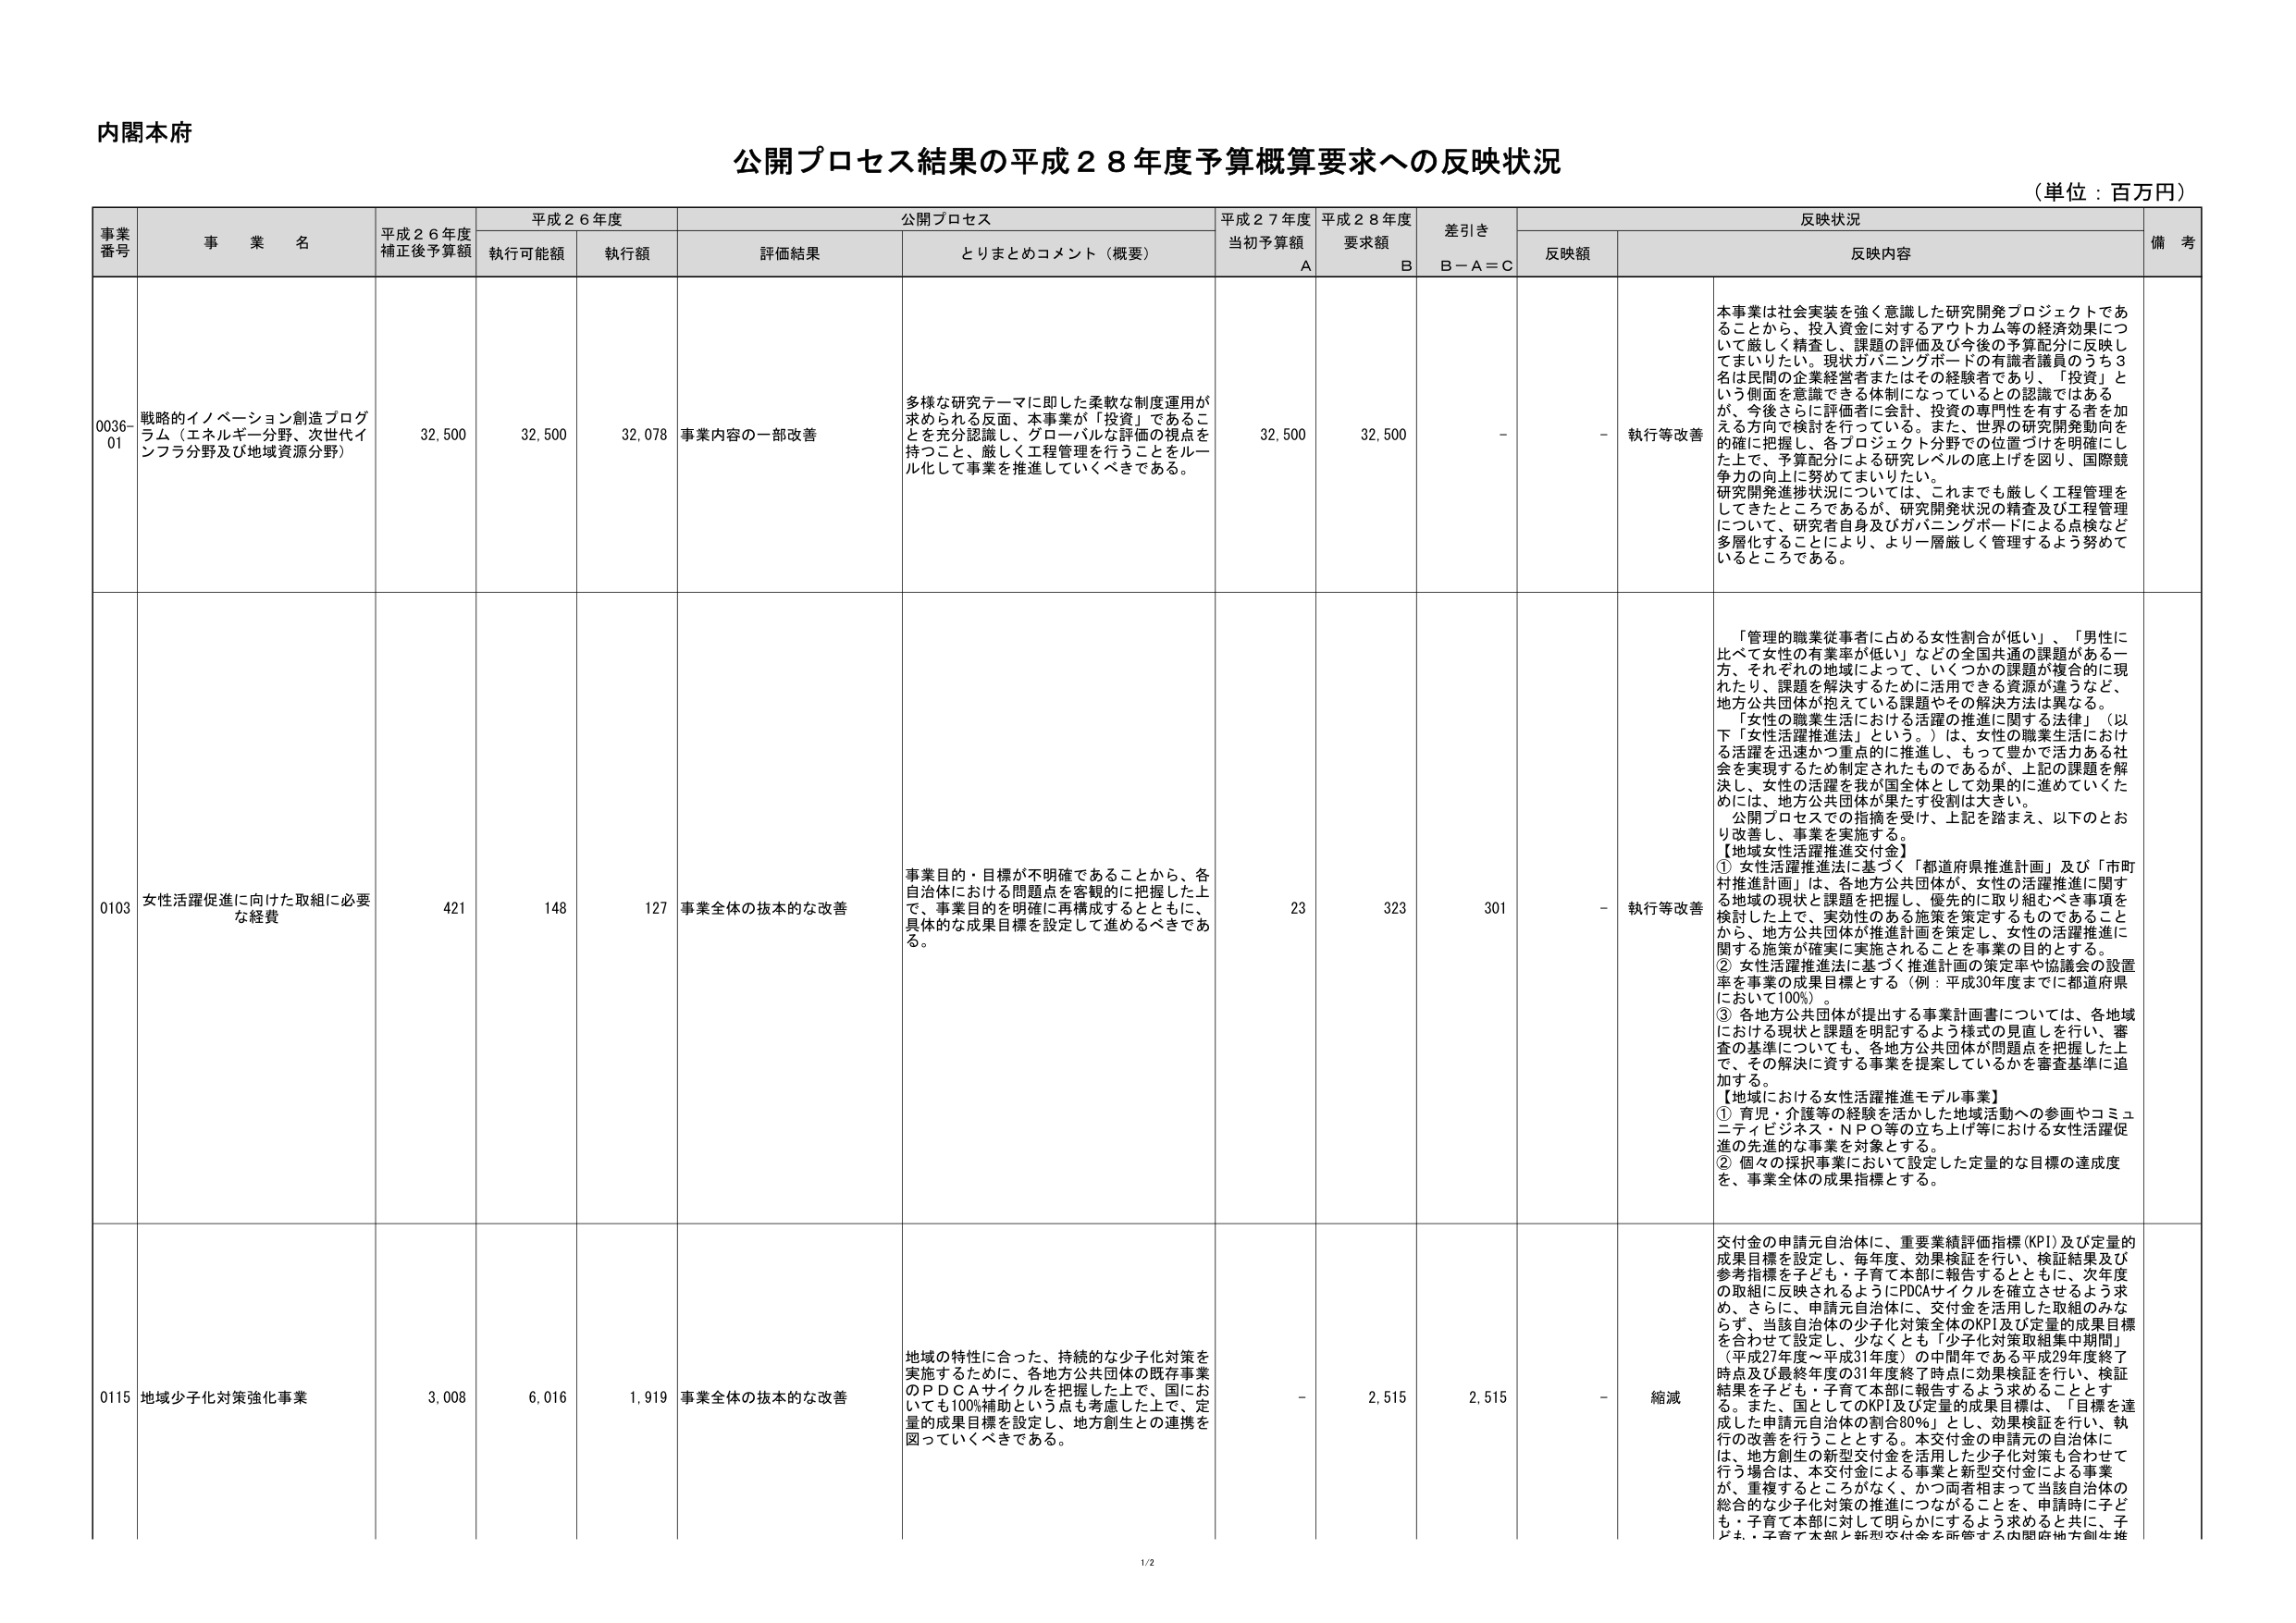
内閣本府

公開プロセス結果の平成２８年度予算概算要求への反映状況
（単位：百万円）

事業番号 事業名 平成２６年度補正後予算額 平成２６年度 公開プロセス 平成２７年度当初予算額 平成２８年度要求額 差引き 反映状況 備考